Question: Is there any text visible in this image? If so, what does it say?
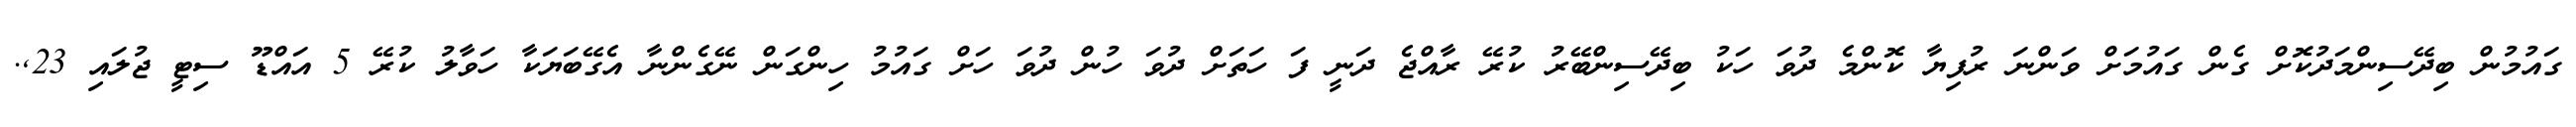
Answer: ގައުމުން ބިދޭސިންމަދުކޮށް ގެން ގައުމަށް ވަންނަ ރުފިޔާ ކޮންމެ ދުވަ ހަކު ބިދޭސިންބޭރު ކުރޭ ރާއްޖެ ދަނީ ފަ ހަތަށް ދުވަ ހުން ދުވަ ހަށް ގައުމު ހިންގަން ނޭގެންނާ އެގޭބަޔަކާ ހަވާލު ކުރޭ 5 އައްޑޫ ސިޓީ ޖުލައި 23,.